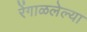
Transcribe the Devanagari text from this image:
रेंगाळलेल्या